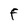
Character: F